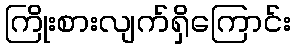
ကြိုးစားလျက်ရှိကြောင်း